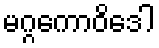
မဂ္ဂကောဝိဒေါ